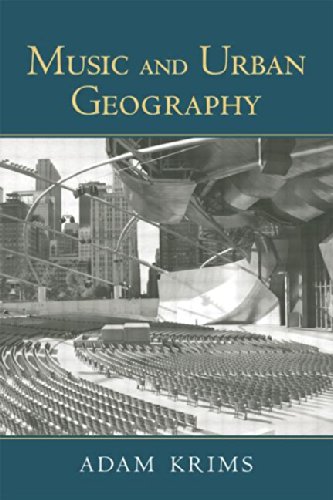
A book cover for Music and Urban Geography; Adam Krims; Law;